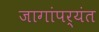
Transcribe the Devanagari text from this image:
जागांपर्यंत